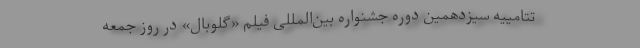
تتامییه سیزدهمین دوره جشنواره بین‌المللی فیلم «گلوبال» در روز جمعه